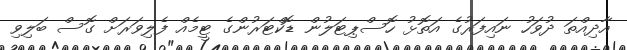
އާދިއްތަ ދުވަހު ނައިފަރުގެ އަތޮޅު ހޮސްޕިޓަލުން ޑޮކްޓަރުންގެ ޓީމެއް ފެލިވަރަށް ގޮސް ބަލިވި